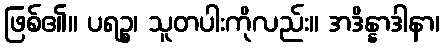
ဖြစ်၏။ ပရဉ္စ၊ သူတပါးကိုလည်း။ အဒိန္နာဒါနာ၊